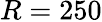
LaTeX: R=250